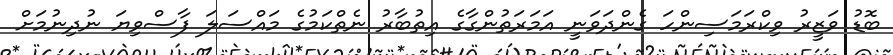
ބޮޑު ވަޒީރު ވިކްރަމަސިންހަ ގެންދަވަނީ އަމަރަތުންގާގެ އިތުބާރު ނެތްކަމުގެ މައްސަލަ ފާސްވިޔަ ނުދިނުމަށް